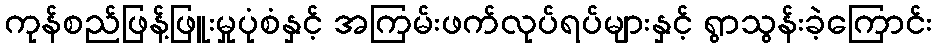
ကုန်စည်ဖြန့်ဖြူးမှုပုံစံနှင့် အကြမ်းဖက်လုပ်ရပ်များနှင့် ရွာသွန်းခဲ့ကြောင်း